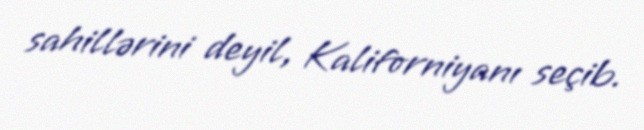
sahillərini deyil, Kaliforniyanı seçib.